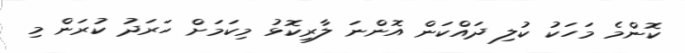
ކޮންމެ މަހަކު ކުލި ދައްކަން އޮންނަ ލާރިކޮޅު މިކަމަށް ހަރަދު ކުރަން މި